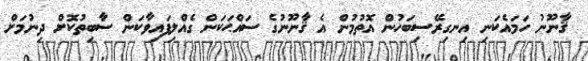
ޤާނޫނު ހަމައެކަނި އިނގިރޭސިބަހުން އޮތުމުން އެ ޤާނޫނުގެ ސައްޙަކަން ގެއްލިފައިވާކަން ސާބިތުކޮށް ދިނުމަށް